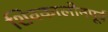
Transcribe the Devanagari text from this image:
शिवकालीनपूर्व